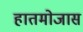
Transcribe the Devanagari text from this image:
हातमोजास